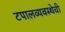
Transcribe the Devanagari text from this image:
टपालव्यवस्थेची